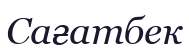
Сағатбек